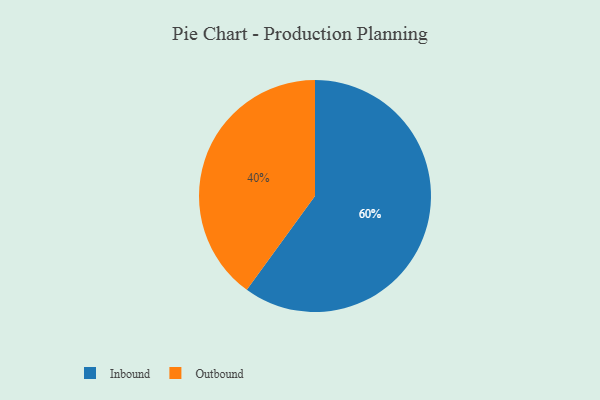
{"axis": {"x": "Category", "y": "Percentage"}, "legend": ["Inbound", "Outbound"], "data": [{"x": "Outbound", "y": 40, "type": "Outbound"}, {"x": "Inbound", "y": 60, "type": "Inbound"}]}